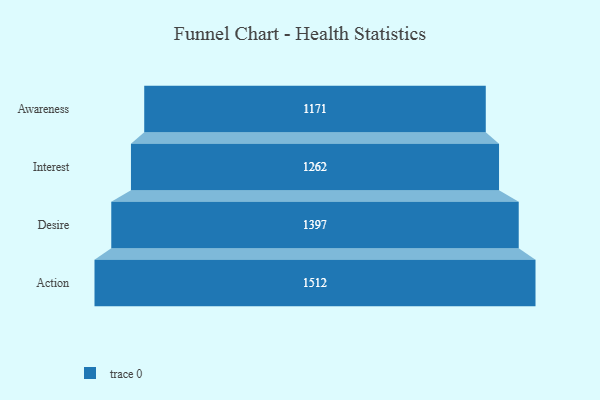
{"axis": {"x": "Stage", "y": "Value"}, "legend": [""], "data": [{"x": "Awareness", "y": 1171.0, "type": ""}, {"x": "Interest", "y": 1262.0, "type": ""}, {"x": "Desire", "y": 1397.0, "type": ""}, {"x": "Action", "y": 1512.0, "type": ""}]}